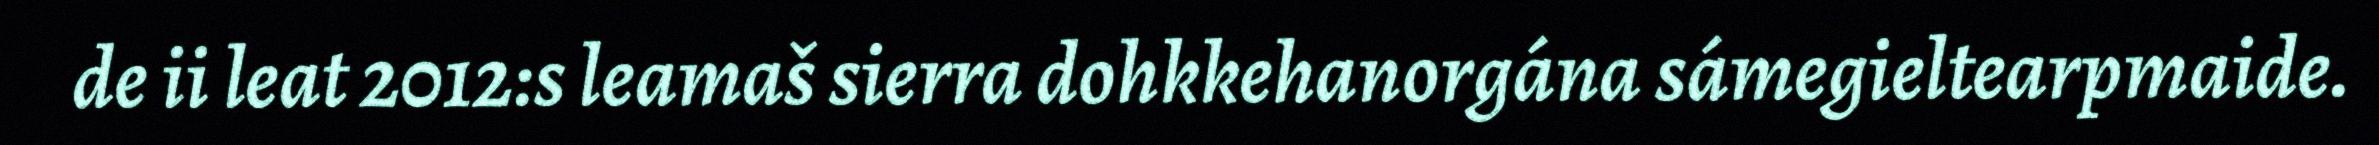
de ii leat 2012:s leamaš sierra dohkkehanorgána sámegieltearpmaide.